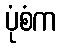
ပုံစံက